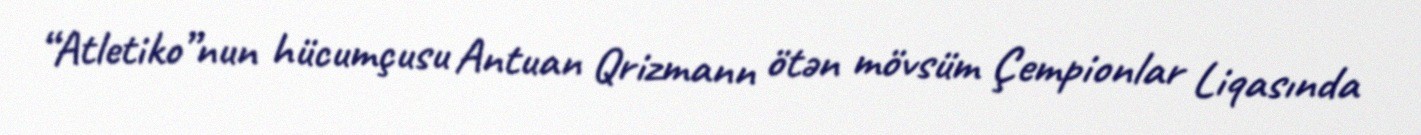
“Atletiko”nun hücumçusu Antuan Qrizmann ötən mövsüm Çempionlar Liqasında